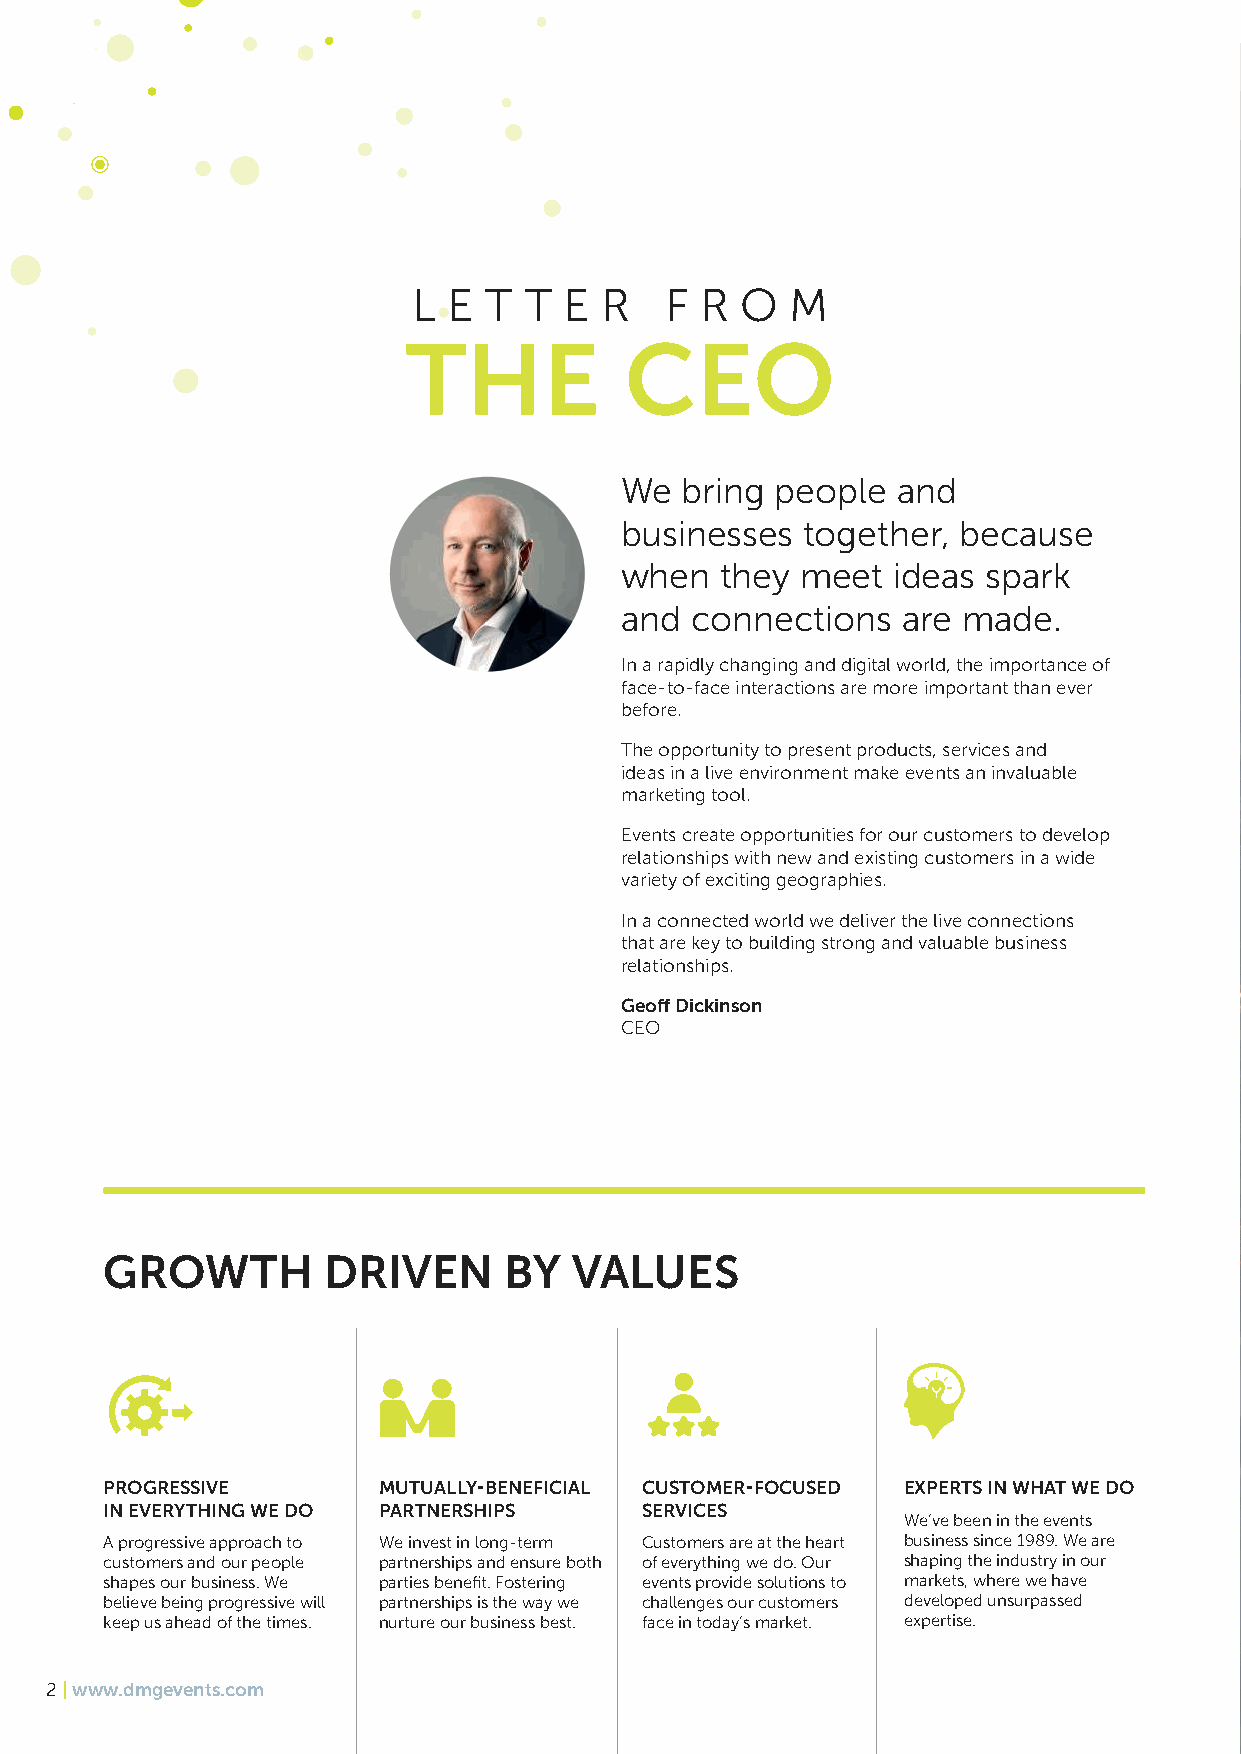
L  E T  T E  R   F R  O  M
 THE           CEO
 We  bring people  and
 businesses  together, because
 when   they meet  ideas spark
 and  connections   are made.
 In a rapidly changing and digital world, the importance of
 face-to-face interactions are more important than ever
 before.
 The opportunity to present products, services and
 ideas in a live environment make events an invaluable
 marketing tool.
 Events create opportunities for our customers to develop
 relationships with new and existing customers in a wide
 variety of exciting geographies.
 In a connected world we deliver the live connections
 that are key to building strong and valuable business
 relationships.
 Geoff Dickinson
 CEO
 GROWTH        DRIVEN      BY   VALUES
 PROGRESSIVE       MUTUALLY-BENEFICIAL CUSTOMER-FOCUSED EXPERTS IN WHAT WE DO
 IN EVERYTHING WE DO PARTNERSHIPS   SERVICES
 We’ve been in the events
 A progressive approach to We invest in long-term Customers are at the heart business since 1989. We are
 customers and our people partnerships and ensure both of everything we do. Our shaping the industry in our
 shapes our business. We parties benefit. Fostering events provide solutions to markets, where we have
 believe being progressive will partnerships is the way we challenges our customers developed unsurpassed
 keep us ahead of the times. nurture our business best. face in today’s market. expertise.
 2 | www.dmgevents.com